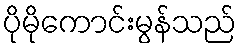
ပိုမိုကောင်းမွန်သည်